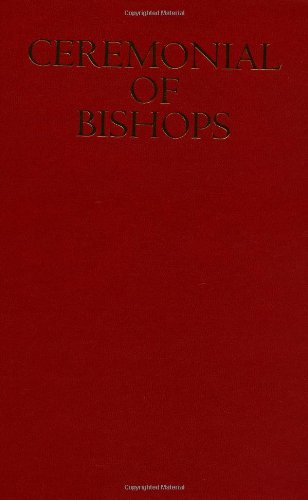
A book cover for Ceremonial of Bishops; Various; Christian Books & Bibles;